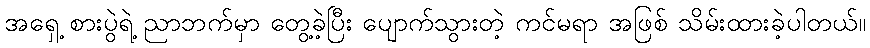
အရှေ့ စားပွဲရဲ့ ညာဘက်မှာ တွေ့ခဲ့ပြီး ပျောက်သွားတဲ့ ကင်မရာ အဖြစ် သိမ်းထားခဲ့ပါတယ်။